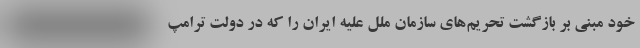
خود مبنی بر بازگشت تحریم‌های سازمان ملل علیه ایران را که در دولت ترامپ